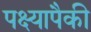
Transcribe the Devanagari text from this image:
पक्ष्यापैकी